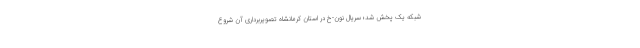
شبکه یک پخش شد؛ سریال نون-خ در استان کرمانشاه تصویربرداری آن شروع